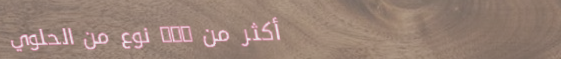
أكثر من 500 نوع من الحلوي